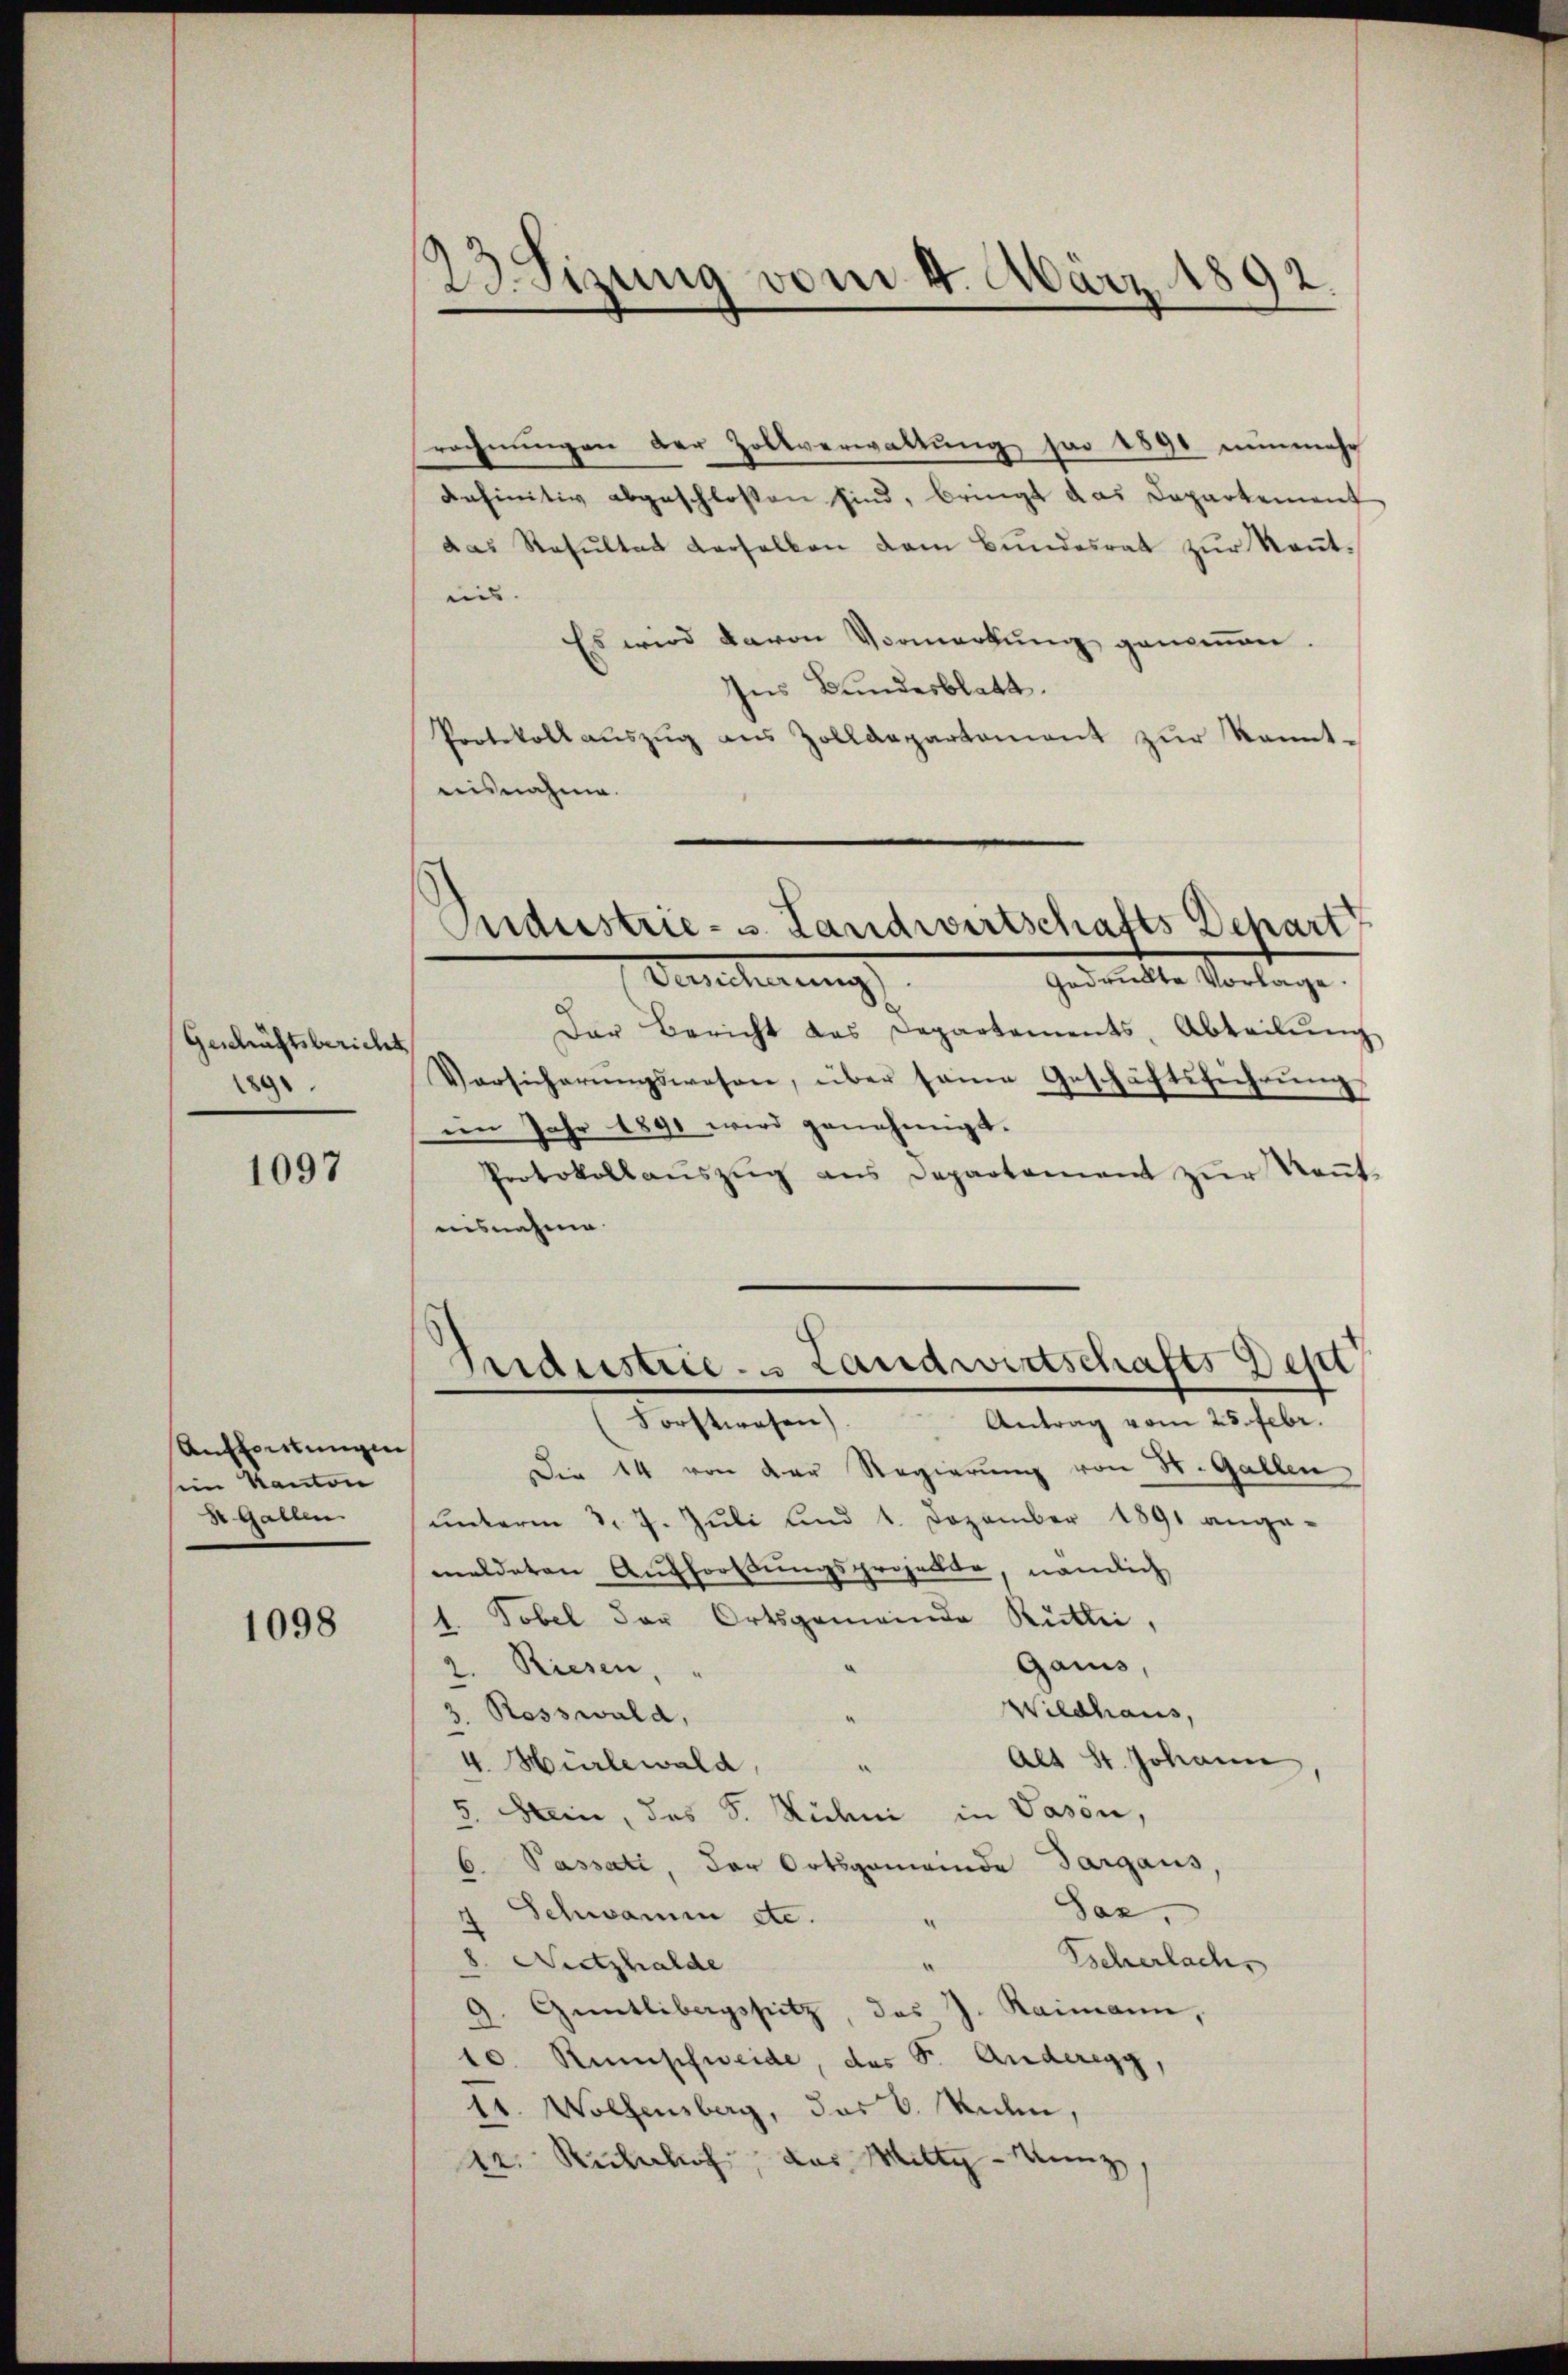
Geschäftsbericht
1890

1097

Anleitungen
sein Kanton
St. Gallen.

1098

23. Sizung vom 4. März 1892.

Sudustrie- u. Landwirtschafts Depart
Bercherung
gedrukte Vorlage.

rechnungen der Zollverwaltung jar 1890 nunmehr
definitiv abgeschlossen sind, bringt das Departement
das Resultat derselben dem Bundesrat zur Kenntein.
Es wird davon Vormerkung genommen.
Ins Bundesblatt.
Protokoll aŭszŭg ans Zolldepartament zŭr kannt-
aisnahme.
Der Bericht das Departements, Abteilŭng
Versicherŭngswesen, über seine Geschäftsführŭng
im Jahr 1891 wird genehmigt.
Protokollaŭszŭg ans Departement zŭr Keṅt-
nisnahme
Industrie- Landwirtschafts Dep
Forstwesen). Antrag vom 25. Febr.
Die 14 von der Regierung von St. Gallen,
unterm 3. 7. Juli und 1. Dezember 1891 ange-
meldeten Auffordungsprojekte, nämlich
Tobel der Ortsgemeinde Rütli,
.
Gaius,
2. Riesen,
Wildhaus,
. Rosswald,
Alt St. Johann
4. Hürlewald,
e
5. Hein, das S. Nichni in Gason,
6. Passati, der Ortsgemeinde Sargaus,
Schwamm etc.
Saz.
u
e
Escherlachs
8. Nietzhalde
9. Güntlibagssitz, das J. Raimann,
10. Rumsfweide, das S. Anderegg,
tt. Wolfensberg, das 6. Kuhn,
12. Rechhof, das Mittg-Menz,